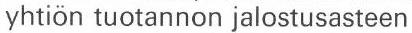
yhtiön tuotannon jalostusasteen